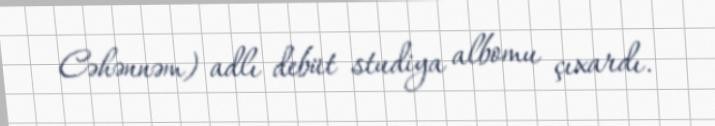
Cəhənnəm) adlı debüt studiya albomu çıxardı.